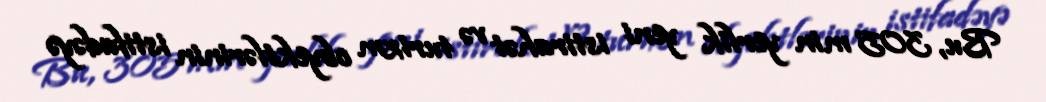
Bu, 305 min yerlik yeni istirahət və turizm obyektlərinin istifadəyə